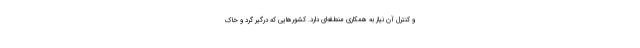
و کنترل آن نیاز به همکاری منطقه‌ای دارد. کشورهایی که درگیر گرد و خاک